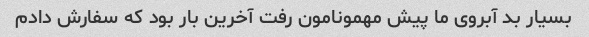
بسیار بد آبروی ما پیش مهمونامون رفت آخرین بار بود که سفارش دادم